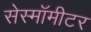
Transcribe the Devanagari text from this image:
सेस्मॉमीटर